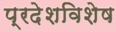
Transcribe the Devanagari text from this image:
प्रदेशविशेष